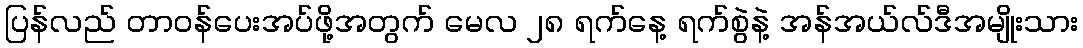
ပြန်လည် တာဝန်ပေးအပ်ဖို့အတွက် မေလ ၂၈ ရက်နေ့ ရက်စွဲနဲ့ အန်အယ်လ်ဒီအမျိုးသား